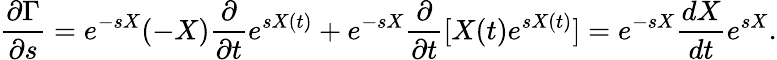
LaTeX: {\frac{\partial\Gamma}{\partial s}}=e^{-sX}(-X){\frac{\partial}{\partial t}}e^{sX(t)}+e^{-sX}{\frac{\partial}{\partial t}}[X(t)e^{sX(t)}]=e^{-sX}{\frac{dX}{dt}}e^{sX}.